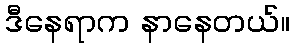
ဒီနေရာက နာနေတယ်။